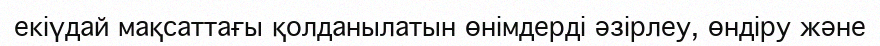
екіүдай мақсаттағы қолданылатын өнімдерді әзірлеу, өндіру және